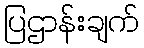
ပြဌာန်းချက်